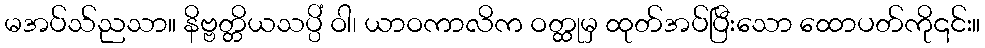
မအပ်သ်ညသာ။ နိဗ္ဗတ္တိယသပ္ပိံ ဝါ၊ ယာဝကာလိက ဝတ္ထုမှ ထုတ်အပ်ပြီးသော ထောပတ်ကို၎င်း။